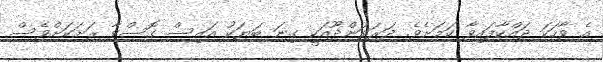
އެ ވާހަކަ ދައްކާފައިވާ ކަމަށެވެ. ދަރަވަންދޫއަކީ ގިނަ ބަޔަކު އައިސް ގޮސްވާ ރަށަކަށްވެސް